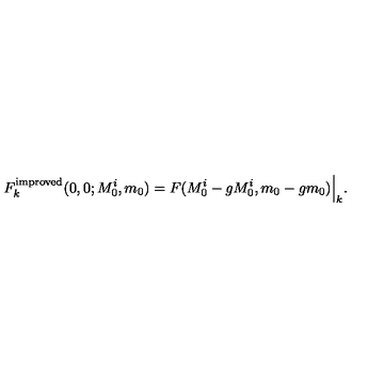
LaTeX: F _ { k } ^ { \mathrm { i m p r o v e d } } ( 0 , 0 ; M _ { 0 } ^ { i } , m _ { 0 } ) = F ( M _ { 0 } ^ { i } - g M _ { 0 } ^ { i } , m _ { 0 } - g m _ { 0 } ) \Big | _ { k } .